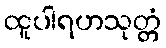
ထူပါရဟသုတ္တံ